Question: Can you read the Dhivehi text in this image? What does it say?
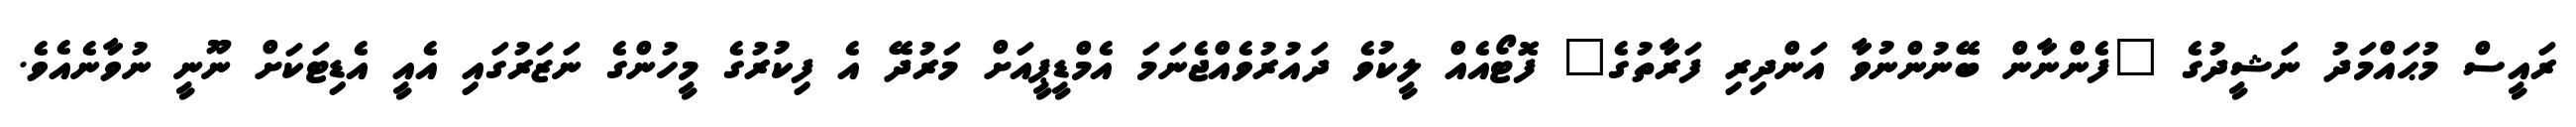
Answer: ރައީސް މުޙައްމަދު ނަޝީދުގެ "ފެންނާން ބޭނުންނުވާ އަންދިރި ފަރާތުގެ" ފޮޓޯއެއް ލީކުވެ ދައުރުވެއްޖެނަމަ އެމްޑީޕީއަށް މަރުދޭ އެ ފިކުރުގެ މީހުންގެ ނަޒަރުގައި އެއީ އެޑިޓަކަށް ނޫނީ ނުވާނެއެވެ.